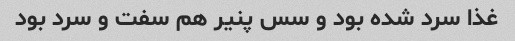
غذا سرد شده بود و سس پنیر هم سفت و سرد بود